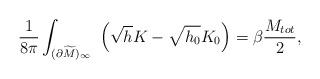
LaTeX: \begin{align*}{1\over 8\pi}\int_{(\partial \widetilde M)_\infty}\ \left(\sqrt{h}K-\sqrt{h_0}K_0\right) = \beta {M_{tot} \over 2},\end{align*}